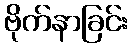
ဗိုက်နာခြင်း